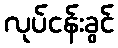
လုပ်ငန်းခွင်